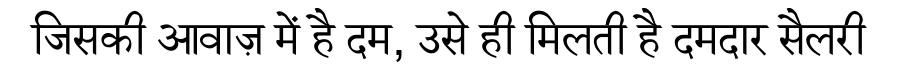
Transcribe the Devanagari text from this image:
जिसकी आवाज़ में है दम, उसे ही मिलती है दमदार सैलरी